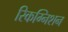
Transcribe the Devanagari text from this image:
रिकग्निशन